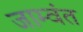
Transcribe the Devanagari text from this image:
जाम्वंत